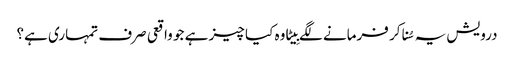
درویش یہ سُنا کر فرمانے لگے بِیٹا وہ کیا چیز ہے جو واقعی صرف تمہاری ہے؟